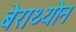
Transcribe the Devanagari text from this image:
बेराथ्योन